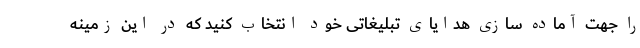
را جهت آماده سازی هدایای تبلیغاتی خود انتخاب کنید که در این زمینه